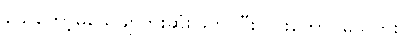
သေတော့မသေချာဘူးဆုံးဖြတ် ပြီးလားတောင်မသိဘူး။